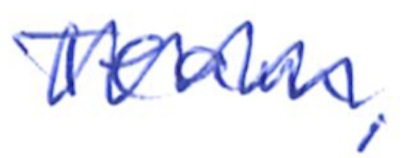
Text: Team,
Cross-out: zig-zag
Writing tool: ballpoint